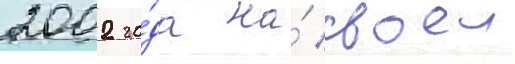
2002 го́да на́ своеи